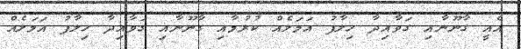
އެއީ ގާނޫނާއި ގަވާއިދާ ހިލާފު އަމަލެއް ކުރުމާއި ގާނޫނާއި ގަވާއިދާ ހިލާފު އަމަލެއް